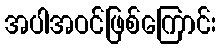
အပါအဝင်ဖြစ်ကြောင်း